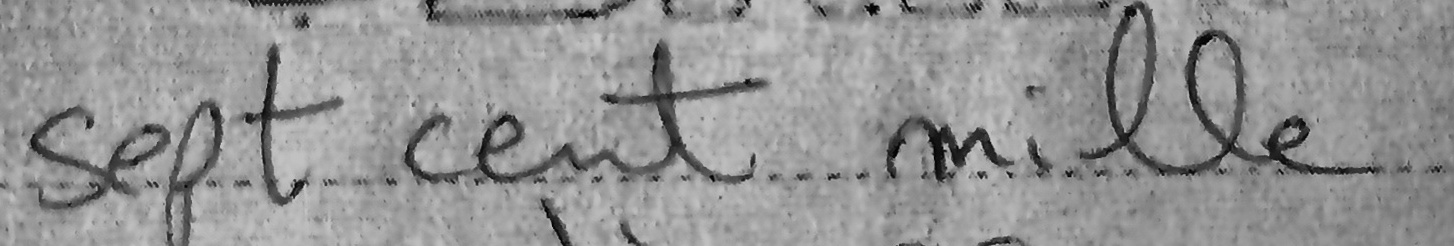
Sept cent mille